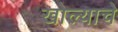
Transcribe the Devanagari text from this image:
खोल्याचे